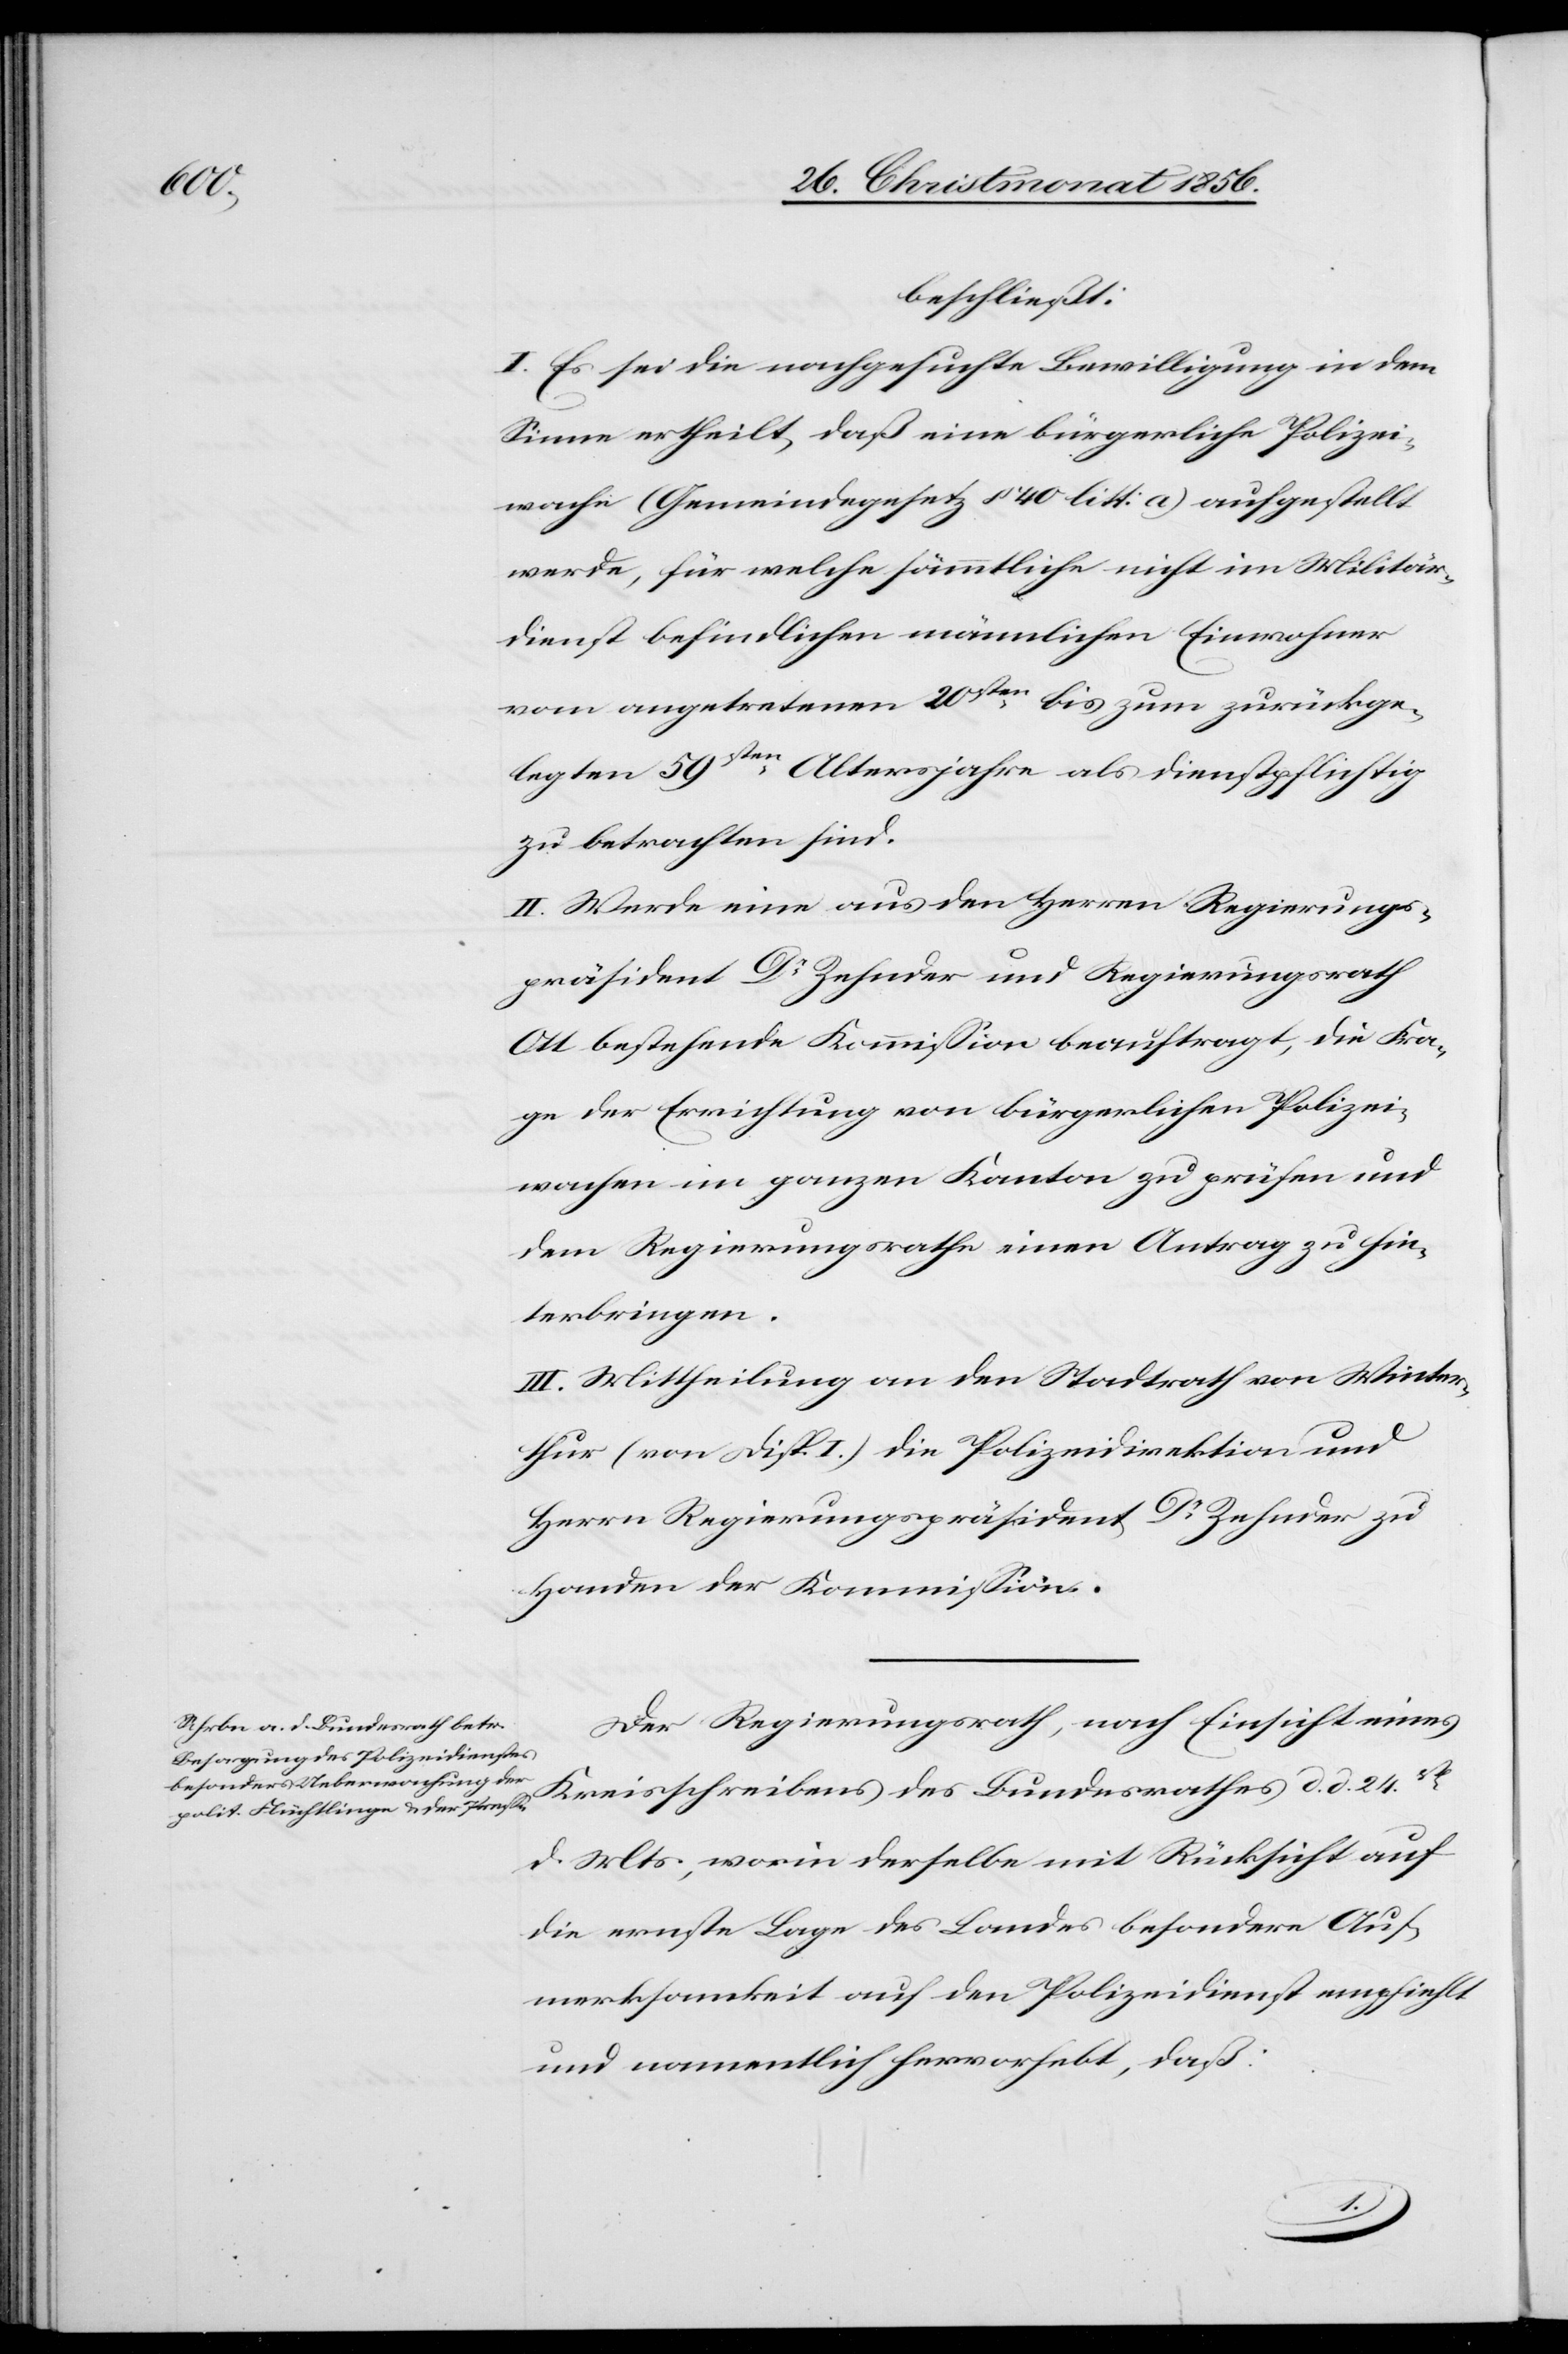
beschließt:
I. Es sei die nachgesuchte Bewilligung in dem
Sinne ertheilt, daß eine bürgerliche Polizei¬
wache (Gemeindegesetz § 40 litt: a) aufgestellt
werde, für welche sämmtliche nicht im Militär¬
dienst befindlichen männlichen Einwohner
vom angetretenen 20sten bis zum zurückge¬
legten 59sten Altersjahre als dienstpflichtig
zu betrachten sind.
II. Werde eine aus den Herren Regierungs¬
präsident Dr Zehnder und Regierungsrath
Ott bestehende Kommission beauftragt, die Fra¬
ge der Errichtung von bürgerlichen Polizei¬
wachen im ganzen Kanton zu prüfen und
dem Regierungsrathe einen Antrag zu hin¬
terbringen.
II. Mittheilung an den Stadtrath von Winter¬
thur (von Disp. I.)[,] die Polizeidirektion und
Herrn Regierungspräsident Dr Zehnder zu
Handen der Kommission.
Der Regierungsrath, nach Einsicht eines
Kreisschreibens des Bundesrathes d. d. 24st.
d. Mts., worin derselbe mit Rücksicht auf
die ernste Lage des Landes besondere Auf¬
merksamkeit auf den Polizeidienst empfiehlt
und namentlich hervorhebt, daß: